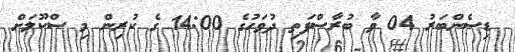
ޑިސެންބަރު 04 ވާ ބުރާސްފަތި ދުވަހުގެ 14:00 ގެ ކުރިން މި ސްކޫލަށް